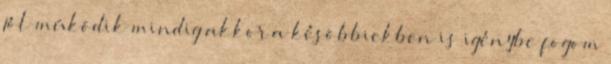
jól müködik mindig akkor a késöbbiekben is igénybe fogom